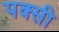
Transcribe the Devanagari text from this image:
पक्सी